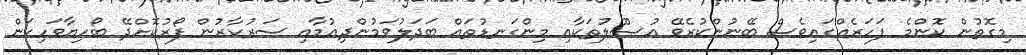
މިގޮތުން ކޮންމެ ފަހަރެއްގައިވެސް ބޭނުންކުރެވޭ އުޞޫލުތަކާއި މިންގަނޑުތައް ބަދަލުވަމުންދިއުމާއި ސަރުކާރުން ފޯރުކޮށްދޭ ބޯހިޔާވަހިކަން